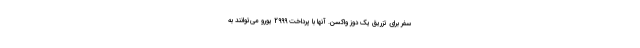
سفر برای تزریق یک دوز واکسن. آنها با پرداخت 2999 یورو می‌توانند به